Report on enteric fever
Disease focus: Fever
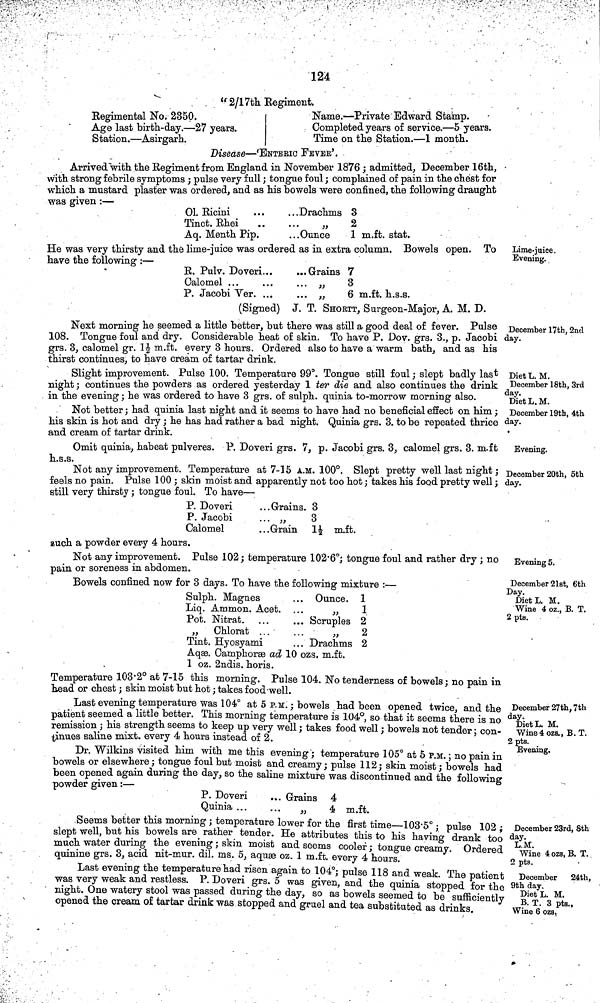
124
"2/17th Regiment.
Regimental No. 2350.
Age last birth day.—27 years.
Station.—Asirgarh.
Name.— Private Edward Stamp.
Completed years of service.—5 years.
Time on the Station.—1 month.
Disease—'ENTERIC FEVER'.
Arrived with the Regiment from England in November 1876 ; admitted, December 16th,
with strong febrile symptoms ; pulse very full; tongue foul; complained of pain in the chest for
which a mustard plaster was ordered, and as his bowels were confined, the following draught
was given :—
O1.
Ricini
Drachms 3
Tinct.
Rhei
"
2
Aq. Menth Pip.
...Ounce
1 m.ft. stat.
Lime juice
Evening.
He was very thirsty and the lime juice was ordered as in extra column. Bowels open. To
have the following :—
E. Pulv. Doveri...
... Grains 7
Calomel
"
3
P. Jacobi Ver
"
6 m.ft. h.s.s.
(Signed) J. T. SHORTT, Surgeon Major, A. M. D.
December 17th, 2nd
day.
Next morning he seemed a little better, but there was still a good deal of fever. Pulse
108. Tongue foul and dry. Considerable heat of skin. To have P. Dov. grs. 3., p. Jacobi
grs. 3, calomel gr. 1½ m.ft. every 3 hours. Ordered also to have a warm bath, and as his
thirst continues, to have cream of tartar drink.
Diet L. M.
December 18th, 3rd
day.
Diet L. M.
December 19th, 4th
day.
Slight improvement. Pulse 100. Temperature 99°. Tongue still foul; slept badly last
night; continues the powders as ordered yesterday 1 ter die and also continues the drink
in the evening; he was ordered to have 3 grs. of sulph. quinia to morrow morning also.
Not better; had quinia last night and it seems to have had no beneficial effect on him;
his skin is hot and dry; he has had rather a bad night. Quinia grs. 3. to be repeated thrice
and cream of tartar drink.
Evening.
Omit quinia, habeat pulveres. P. Doveri grs. 7, p. Jacobi grs. 3, calomel grs. 3. m.ft
h.s.s.
December 20th, 5th
day.
Not any improvement. Temperature at 7 15 A.M. 100°. Slept pretty well last night;
feels no pain. Pulse 100 ; skin moist and apparently not too hot; takes his food pretty well ;
still very thirsty; tongue foul. To have—
P. Doveri
... Grains. 3
P. Jacobi
... " 3
Calomel
...Grain 1½ m.ft.
auch a powder every 4 hours.
Evening 5.
December 21st, 6th
Day.
Diet L. M.
Wine 4 oz., B. T.
2 pts.
Not any improvement. Pulse 102; temperature 102 6°; tongue foul and rather dry ; no
pain or soreness in abdomen.
Bowels confined now for 3 days. To have the following mixture :—
Sulph. Magnes
... Ounce. 1
Liq. Ammon. Acet. ...
"
1
Pot. Nitrat
Scruples 2
" Chlorat ...
. .
"
2
Tint. Hyosyami
... Drachms 2
Aqae. Camphoree ad 10 ozs. m.ft.
1 oz. 2ndis. horis.
Temperature 103 2° at 7 15 this morning. Pulse 104. No tenderness of bowels ; no pain in
head or chest; skin moist but hot; takes food well.
December 27th, 7th
day.
Diet L. M.
Wine 4 ozs., B. T.
2 pts.
Evening.
Last evening temperature was 104° at 5 P.M. ; bowels had been opened twice, and the
patient seemed a little better. This morning temperature is 104°, so that it seems there is no
remission; his strength seems to keep up very well; takes food well; bowels not tender; con
tmues saline mixt. every 4 hours instead of 2.
Dr. Wilkins visited him with me this evening; temperature 105° at 5 P.M. ; no pain in
bowels or elsewhere; tongue foul but moist and creamy; pulse 112; skin moist; bowels had
been opened again during the day, so the saline mixture was discontinued and the following
powder given :—
P. Doveri
... Grains 4
Quinia
"
4 m.ft.
December 23rd, 8th
day.
L M.
Wine 4 ozs, B. T.
2 pts.
December
24th,
9th day,
Diet L. M.
B. T. 3 pts.,
Wine 6 oza,
Seems better this morning; temperature lower for the first time—103 5° ; pulse 102 ;
slept well but his bowels are rather tender. He attributes this to his having drank too
much water during the evening ; skin moist and seems cooler; tongue creamy. Ordered
quinine grs. 3, acid nit mur. dil. ms. 5, aquæ oz. 1 m.ft. every 4 hours.
Last evening the temperature had risen again to 104°: pulse 118 and weak. The patient
was very weak and restless. P. Doveri grs. 5 was given and the quinia stopped for the
night. One watery stool was passed during the day, so as bowels seemed to be sufficiently
opened the cream of tartar drink was stopped and gruel and tea substituted as
drinks.